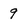
Character: 9